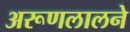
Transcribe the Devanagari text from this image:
अरूणलालने